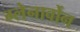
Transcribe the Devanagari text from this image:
ग्लेनार्वोन